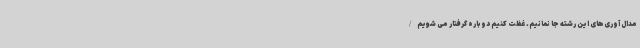
مدال آوری‌های این رشته جا نمانیم. غفلت کنیم دوباره گرفتار می شویم/